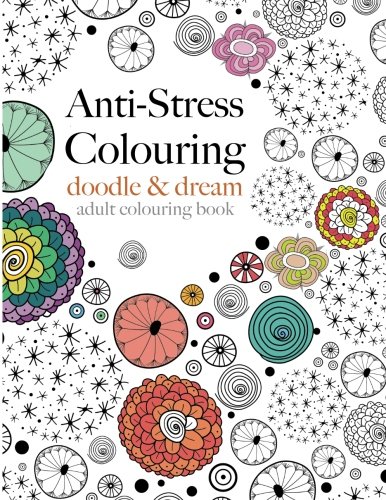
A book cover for Anti-Stress Colouring: doodle & dream: A beautiful, inspiring & calming adult colouring book; Christina Rose; Arts & Photography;